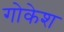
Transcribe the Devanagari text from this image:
गोकेश